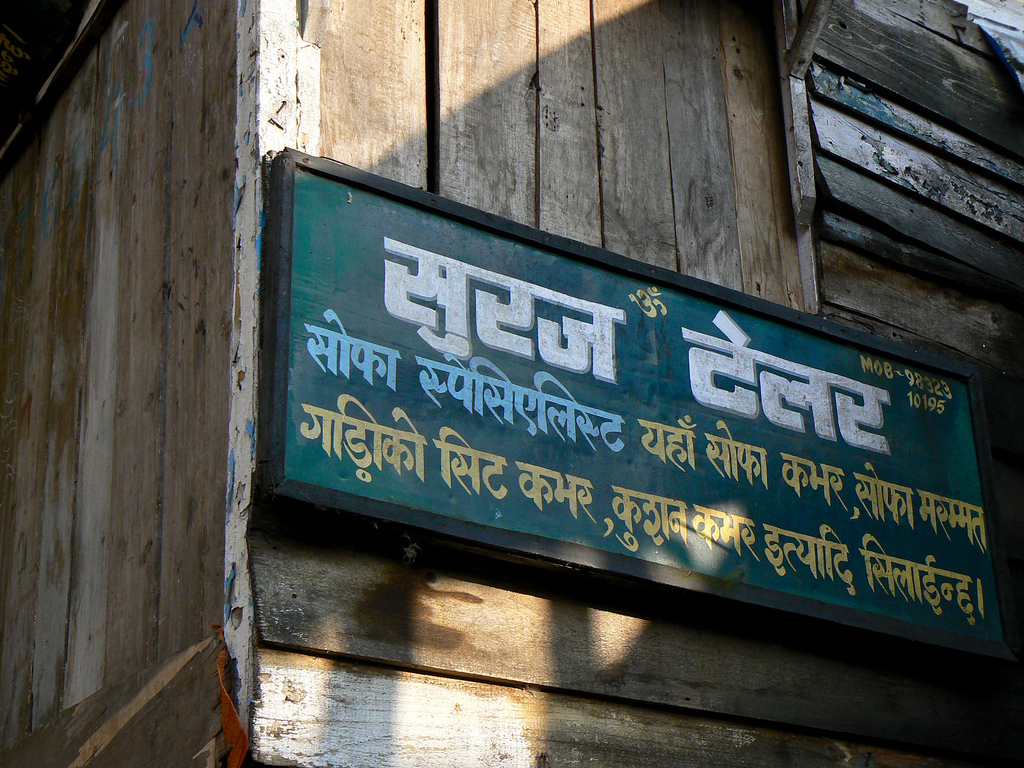
Language: hindi
Transcription: सिट सिलाईन्द। सुरज यहॉं कमर कमर कमर मरम्मत कुशन इत्यदि टेलर सोफा स्पेसिएलिस्ट गाड़ीको